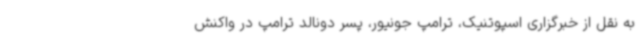
به نقل از خبرگزاری اسپوتنیک، ترامپ جونیور، پسر دونالد ترامپ در واکنش